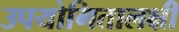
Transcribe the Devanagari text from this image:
उपयोगितालक्षी